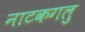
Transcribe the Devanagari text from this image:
नाटकगलु